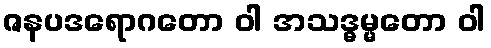
ဇနပဒရောဂတော ဝါ အသဒ္ဓမ္မတော ဝါ